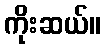
ကိုးဆယ်။